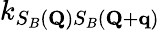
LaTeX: k_{S_{B}(\mathbf{Q})S_{B}(\mathbf{Q}+\mathbf{q})}